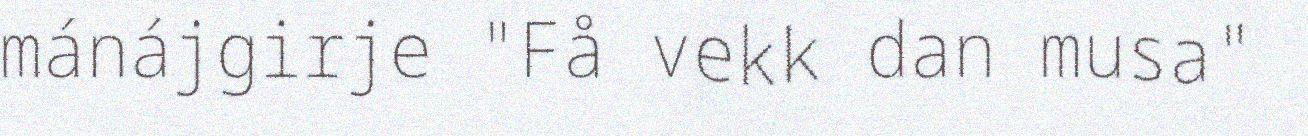
mánájgirje "Få vekk dan musa"